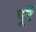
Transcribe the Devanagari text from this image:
पूर्रे